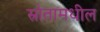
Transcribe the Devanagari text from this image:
स्रोतामधील